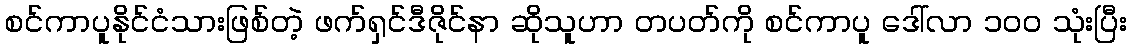
စင်ကာပူနိုင်ငံသားဖြစ်တဲ့ ဖက်ရှင်ဒီဇိုင်နာ ဆိုသူဟာ တပတ်ကို စင်ကာပူ ဒေါ်လာ ၁၀၀ သုံးပြီး